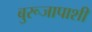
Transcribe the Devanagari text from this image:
बुरूजापाशी